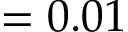
= 0 . 0 1